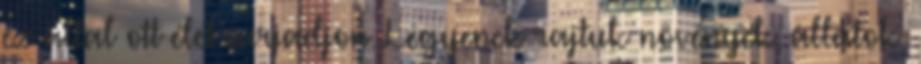
ez által ott élet sarjadjon. Legyenek rajtuk növények, állatok,